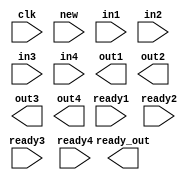
// EEM16 - Logic Design
// Design Assignment #3.2
// dassign3_2.v
// Verilog template

// You may define any additional modules as necessary
// Do not delete or modify any of the modules provided

// ****************
// Blocks to design
// ****************

// 3.2a) Inter-layer module
// four sets of inputs: 8 bit value, 1 bit input ready
// one 1 bit input new (from input layer of neurons)
// four sets of 8 bits output
// one 1 bit output ready
module interlayer(clk, new, in1, ready1, in2, ready2, in3, ready3, in4, ready4,
                  out1, out2, out3, out4, ready_out);
    input clk;
    input new;
    input [7:0] in1, in2, in3, in4;
    input ready1, ready2, ready3, ready4;
    output [7:0] out1, out2, out3, out4;
    output ready_out;

    // your code here
endmodule